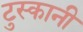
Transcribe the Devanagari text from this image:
टुस्कानी